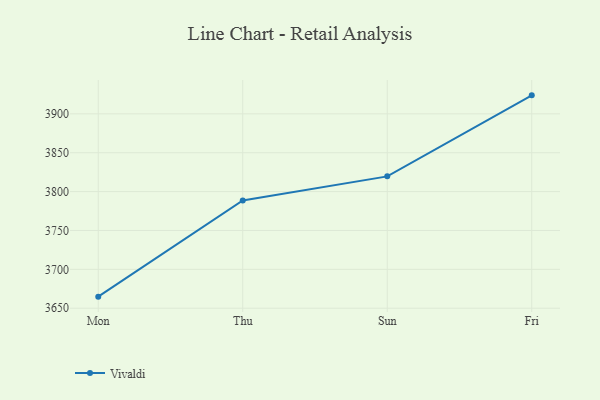
{"axis": {"x": "Day", "y": "Backlog"}, "legend": ["Vivaldi"], "data": [{"x": "Mon", "y": 3664.9, "type": "Vivaldi"}, {"x": "Thu", "y": 3788.6, "type": "Vivaldi"}, {"x": "Sun", "y": 3819.6, "type": "Vivaldi"}, {"x": "Fri", "y": 3923.8, "type": "Vivaldi"}]}